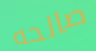
صالحه